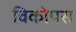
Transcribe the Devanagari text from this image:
विकोपस